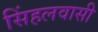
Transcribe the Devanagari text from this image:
सिंहलवासी